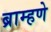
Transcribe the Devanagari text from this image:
ब्राम्हणे